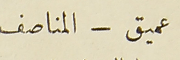
عميق – المناصف